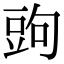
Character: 𧯠